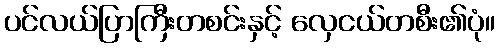
ပင်လယ်ပြာကြီးတစင်းနှင့် လှေငယ်တစီး၏ပုံ။